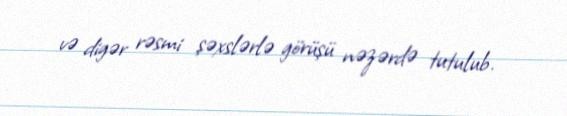
və digər rəsmi şəxslərlə görüşü nəzərdə tutulub.